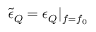
\tilde { \epsilon } _ { Q } = \epsilon _ { Q } | _ { f = f _ { 0 } }